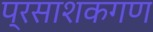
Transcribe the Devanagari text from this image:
प्रसाशकगण